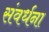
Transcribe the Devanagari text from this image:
संवर्धना